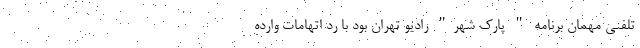
تلفنی مهمان برنامه " پارک شهر" رادیو تهران بود با رد اتهامات وارده